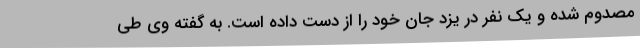
مصدوم شده و یک نفر در یزد جان خود را از دست داده است. به گفته وی طی